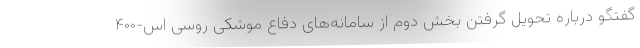
گفتگو درباره تحویل گرفتن بخش دوم از سامانه‌های دفاع موشکی روسی اس-۴۰۰